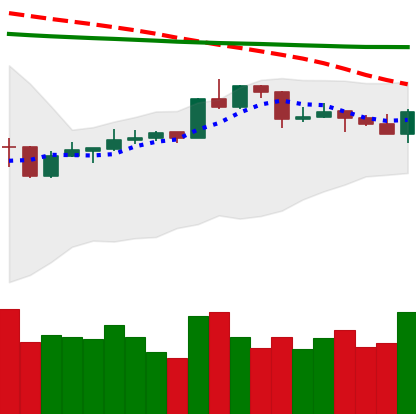
Ticker: XRP-USD
Chart end date: 2020-04-16
Forward return: -3.038%
Label: down_3_5